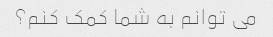
می توانم به شما کمک کنم؟